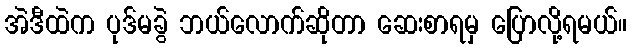
အဲဒီထဲက ပုဒ်မခွဲ ဘယ်လောက်ဆိုတာ ဆေးစာရမှ ပြောလို့ရမယ်။